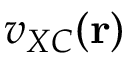
v _ { X C } ( \mathbf { r } )